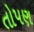
તોપણ